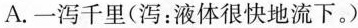
A.一泻千里(泻：液体很快地流下。)